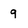
Character: 9